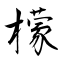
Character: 檬